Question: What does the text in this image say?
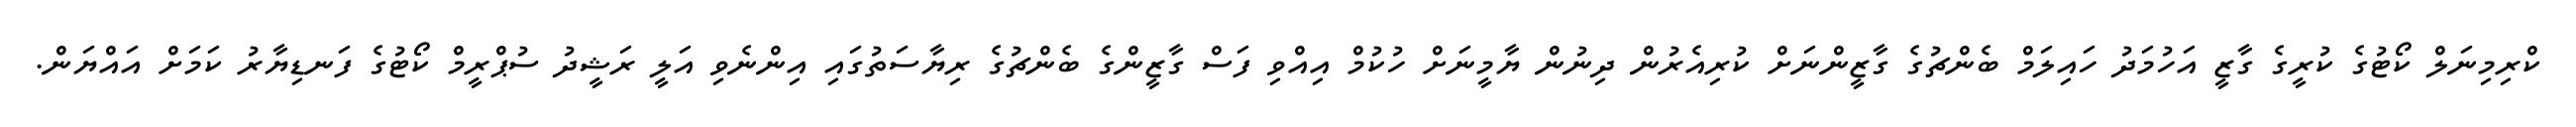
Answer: ކްރިމިނަލް ކޯޓުގެ ކުރީގެ ގާޒީ އަހުމަދު ހައިލަމް ބެންޗުގެ ގާޒީންނަށް ކުރިއެރުން ދިނުން ޔާމީނަށް ހުކުމް އިއްވި ފަސް ގާޒީންގެ ބެންޗުގެ ރިޔާސަތުގައި އިންނެވި އަލީ ރަޝީދު ސުޕްރީމް ކޯޓުގެ ފަނޑިޔާރު ކަމަށް އައްޔަން.